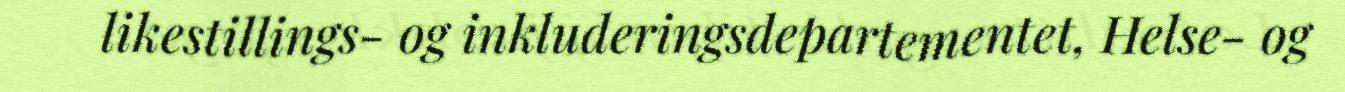
likestillings- og inkluderingsdepartementet, Helse- og